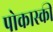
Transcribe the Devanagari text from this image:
पोकास्की